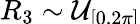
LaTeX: R_{3}\sim\smash{\mathcal{U}_{[0,2\pi]}}